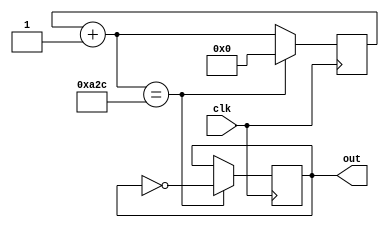
/*
Author: Spence Johnston
Module: clock divider 
Purpose: divides system clock to desired frequency.
*/

//default output frequency when input is 50MHz = 9600Hz
module clk_divider 
#(
	parameter WIDTH = 12,	//number of bits to hold N
	parameter N = 2604	//frequency * 1/(2*N) = out clk 
 ) (
	input clk,
	output out
);

reg [WIDTH-1:0] r_reg;
wire [WIDTH-1:0] r_nxt;
reg clk_tracker;

always @ (posedge clk)
begin
	if( r_nxt == N)
	begin
		r_reg <=0;
		clk_tracker <= ~clk_tracker;
	end
	else
		r_reg <= r_nxt;
end

assign r_nxt = r_reg + 1;
assign out = clk_tracker;

endmodule